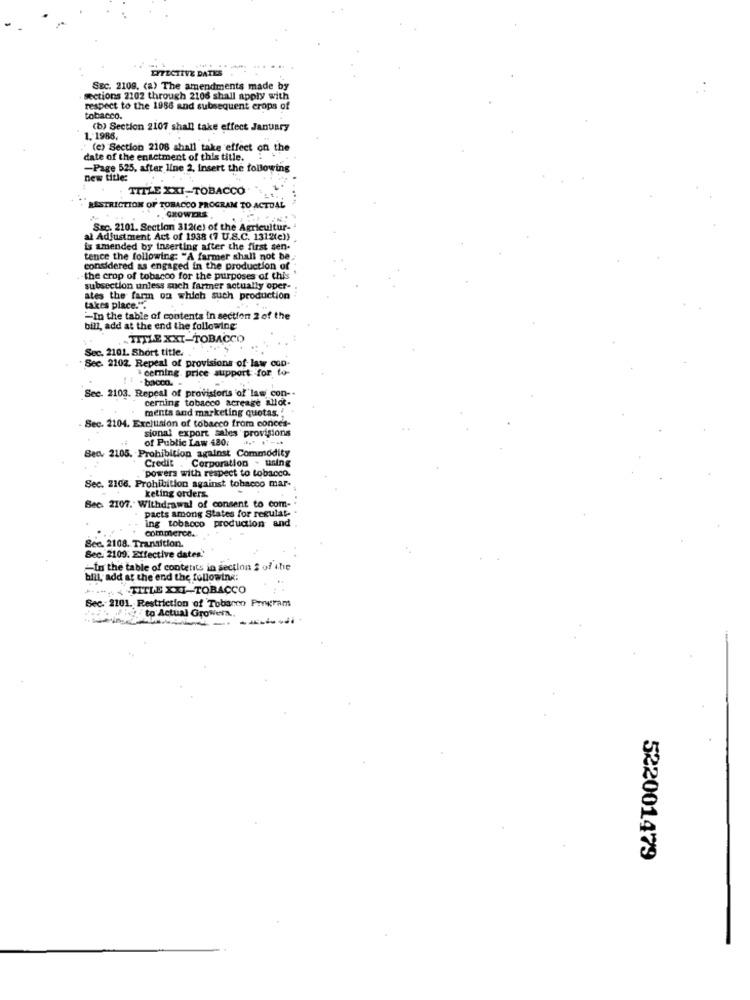
LYTECTIVE DATES
SEC. 2109. (a) The amendments made by
sections 2102 through 2106 shall apply with
respect to the 1988 and subsequent crops of
tobacco.
(b) Section 2107 shall take effect January
1. 1986,
"(e) Section 2108 shall take effect on the
date of the enactment of this title.
-Page 525, after line 2, insert the following
new title:
TITLE XXI-TOBACCO
RESTRICTION OF TOBACCO PROGRAM TO ACTUAL
GROWERS
Stc. 2101. Section 312(c) of the Agricultur-
al Adjustment Act of 1938 (7 U.S.C. 1312(e))
is amended by inserting after the first sen-
tence the following: "A farmer shall not be
considered as engaged in the production of
-the crop of tobacco for the purposes of this
subsection unless such farmer actually oper-
ates the farm on which such production :
takes place."
-In the table of contents in section 2 of the
bill, add at the end the following
TITLE XXI-TOBACCO
Sec. 2101. Short title.
Sec. 2102. Repeal of provisions of law con-
ceming price support for to-
Sec. 2103. Repeal of provistorts of law con-
cerning tobacco acreage allot-
ments and marketing quotas."
Sec. 2104. Exclusion of tobacco from conces-
sional export sales provisions
of Public Law 480. ... .
Sec. 2105. Prohibition against Commodity
Credit . Corporation - using
powers with respect to tobacco.
Sec. 2106. Prohibition against tobacco mar-
Bec. 2107. Withdrawal of consent to com-
keting orders.
pacts among States for regulat-
ing tobacco production and
commerce.
Sec. 2108. Transition.
Sec. 2109. Effective dates'
-In the table of contenits in section 2 of the
bill, add at the end the following:
..... TITLE XXI-TOBACCO
Sec. 2101. Restriction of Tobanen Program
to Actual Growers ..
522001479